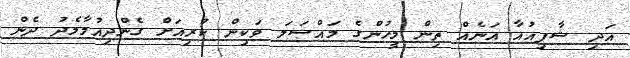
އަދި ޝާފިއުއާ އަނެއް ތިން މީހުންގެ މައްސަލަ ވަކިން ކުރިއަށް ގެންދިއުމާމެދު ދެން